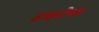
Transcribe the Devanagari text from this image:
हाइटैक